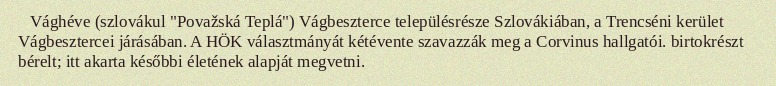
Vághéve (szlovákul "Považská Teplá") Vágbeszterce településrésze Szlovákiában, a Trencséni kerület Vágbesztercei járásában. A HÖK választmányát kétévente szavazzák meg a Corvinus hallgatói. birtokrészt bérelt; itt akarta későbbi életének alapját megvetni.